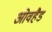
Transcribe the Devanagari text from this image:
ओवहैड